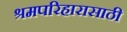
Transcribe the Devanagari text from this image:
श्रमपरिहारासाठी